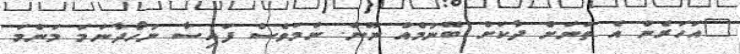
"އަހަރެން އެ ތަނަށް ދާކަށް ބޭނުމެއް ނޫން. ނަމަވެސް ފައިސާ ނުހޯދާނަމަ މަންމަ